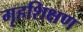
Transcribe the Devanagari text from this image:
गृहशिक्षण